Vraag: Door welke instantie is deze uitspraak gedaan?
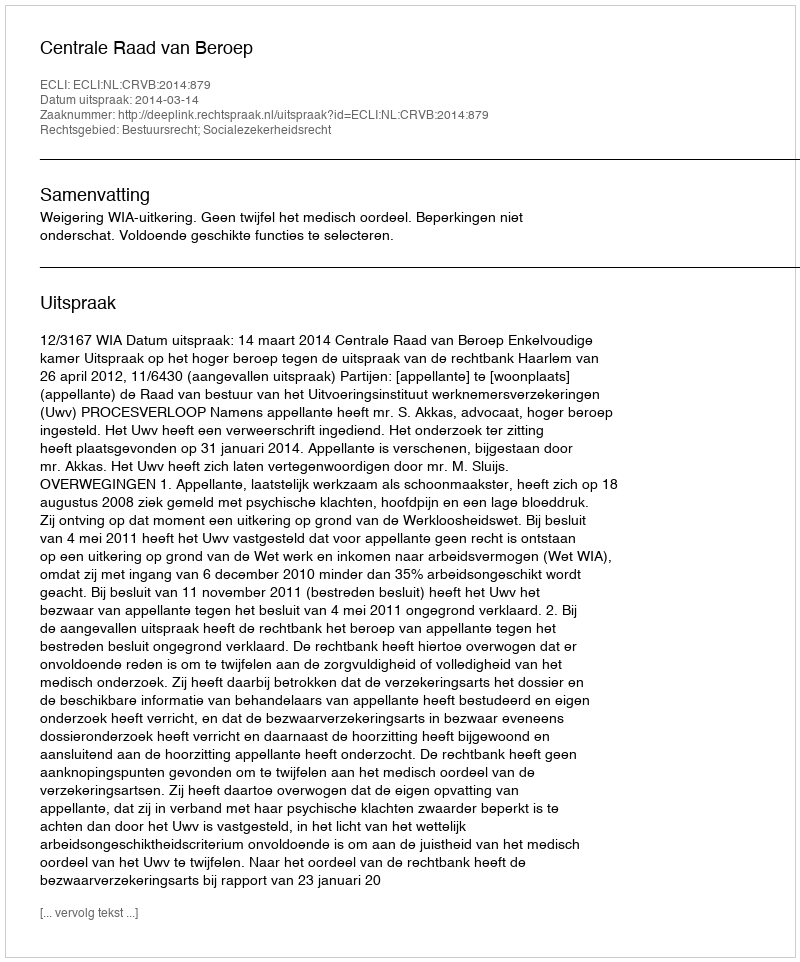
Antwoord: Centrale Raad van Beroep